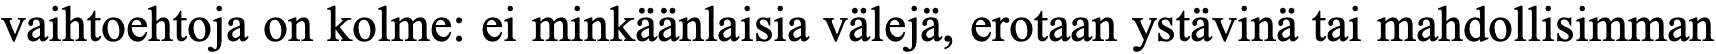
vaihtoehtoja on kolme: ei minkäänlaisia välejä, erotaan ystävinä tai mahdollisimman